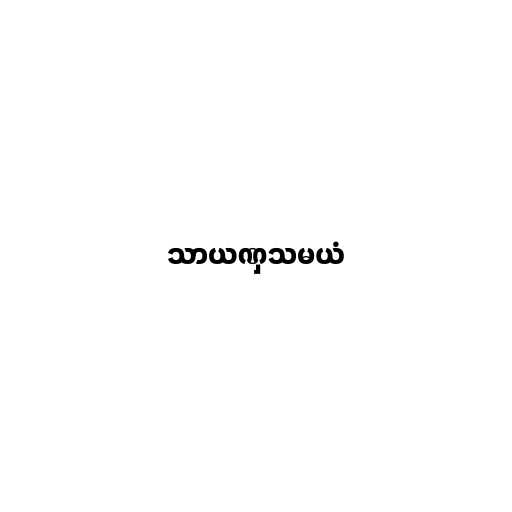
သာယဏှသမယံ